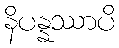
နိပန္နဿာပိ